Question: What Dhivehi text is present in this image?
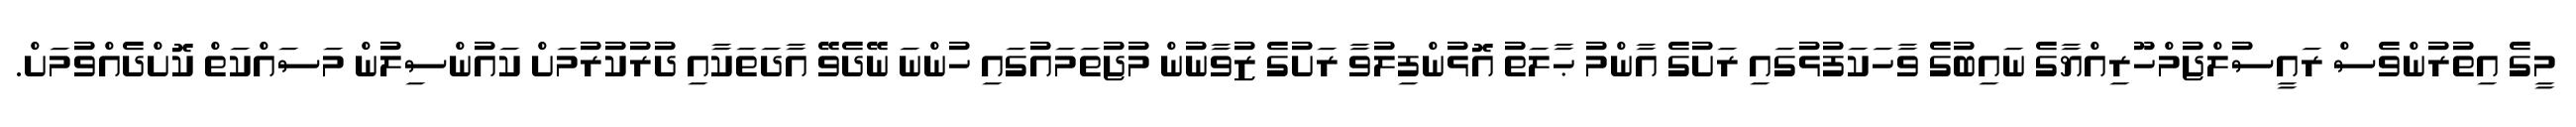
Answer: މީގެ އިތުރުންވެސް ރައީސުލްޖުމްހޫރިއްޔާގެ ނައިބުގެ ވާހަކަފުޅުގައި ރަށުގެ އާންމު ޙާލަތު އޮޅުންފިލުވާ ރަށުގެ ޒުވާނުން މުޖުތަމައުގައި ހުންނަ ނޭދެވޭ އާދަތަކާއި ދުރުކުރުމަށް ކައުންސިލުން މަސައްކަތް ކޮށްދެއްވުމަށް.